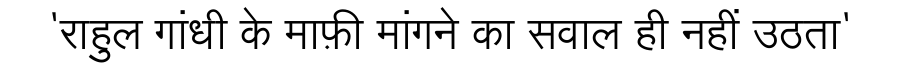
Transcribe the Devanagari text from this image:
'राहुल गांधी के माफ़ी मांगने का सवाल ही नहीं उठता'